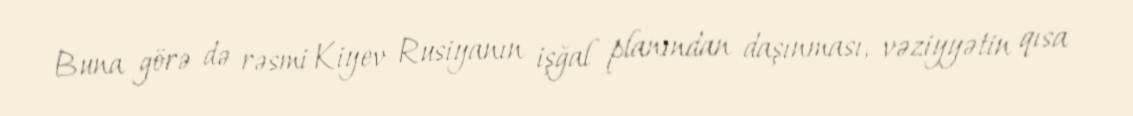
Buna görə də rəsmi Kiyev Rusiyanın işğal planından daşınması, vəziyyətin qısa